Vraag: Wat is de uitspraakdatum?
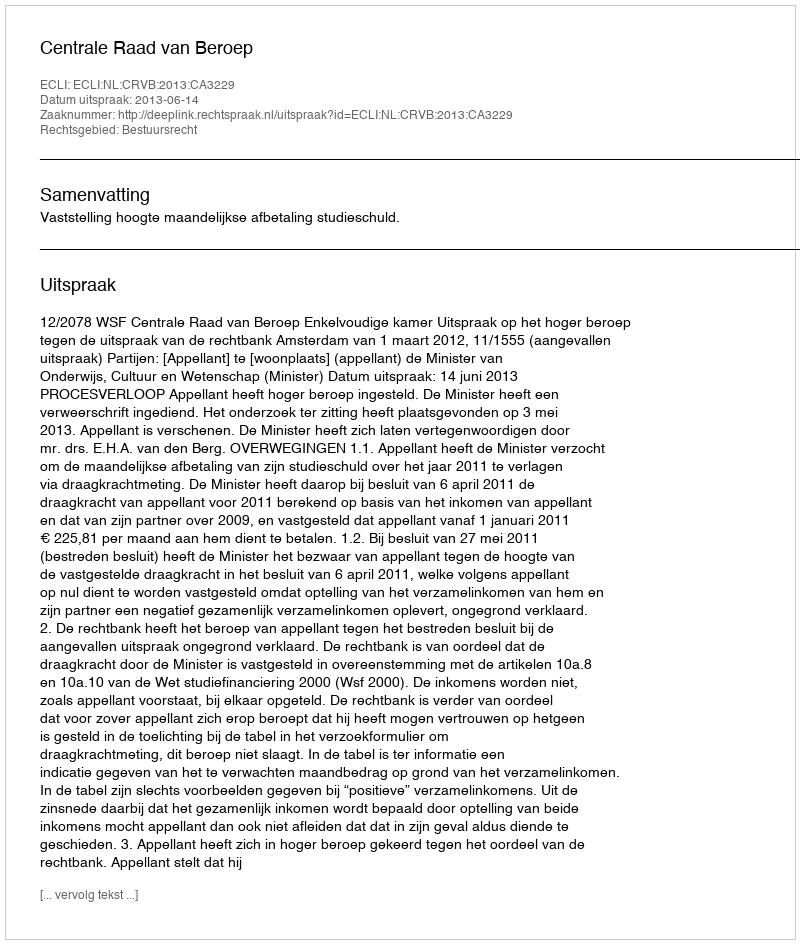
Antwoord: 2013-06-14